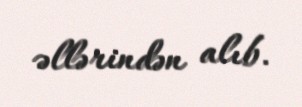
əllərindən alıb.